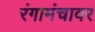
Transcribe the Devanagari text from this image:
रंगामंचावर